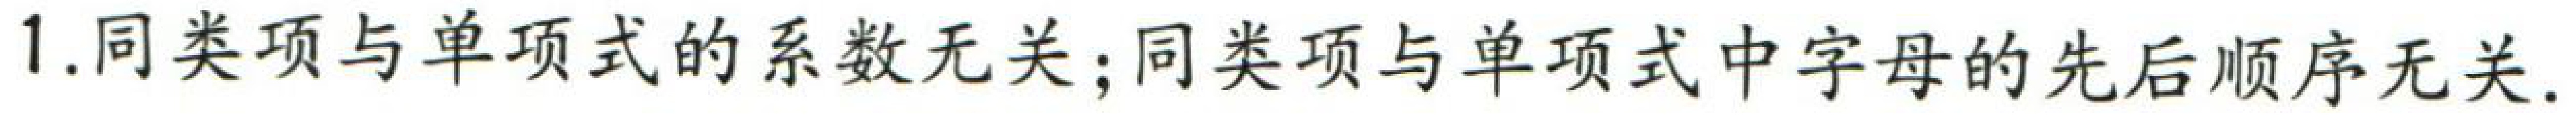
1. 同类项与单项式的系数无关；同类项与单项式中字母的先后顺序无关.